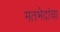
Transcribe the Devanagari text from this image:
मतभेदांचा